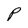
Character: P